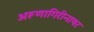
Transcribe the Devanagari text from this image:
अरूणागिरीनाथर